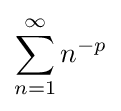
\sum _{n=1}^{\infty }n^{-p}